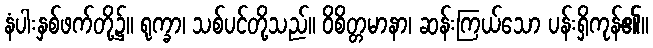
နံပါးနှစ်ဖက်တို့၌။ ရုက္ခာ၊ သစ်ပင်တို့သည်။ ဝိစိတ္တမာနာ၊ ဆန်းကြယ်သော ပန်းရှိကုန်၏။